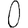
Digit: 0